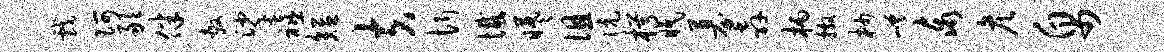
戏阿敢伴敷挲禧短夫忻憾曦徂伉枵眠募奔柄撒杪嵯泰彦帛